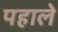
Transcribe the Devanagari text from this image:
पहाले